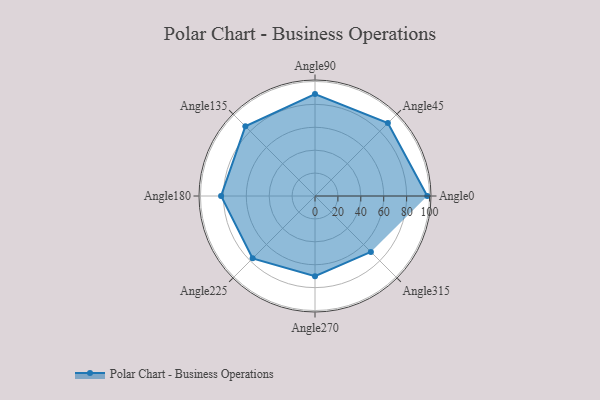
{"axis": {"x": "Angle", "y": "Radius"}, "legend": [""], "data": [{"x": "Angle0", "y": 98.0, "type": ""}, {"x": "Angle45", "y": 90.0, "type": ""}, {"x": "Angle90", "y": 89.0, "type": ""}, {"x": "Angle135", "y": 86.0, "type": ""}, {"x": "Angle180", "y": 82.0, "type": ""}, {"x": "Angle225", "y": 77.0, "type": ""}, {"x": "Angle270", "y": 70.0, "type": ""}, {"x": "Angle315", "y": 69.0, "type": ""}]}